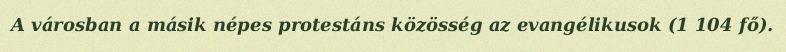
A városban a másik népes protestáns közösség az evangélikusok (1 104 fő).